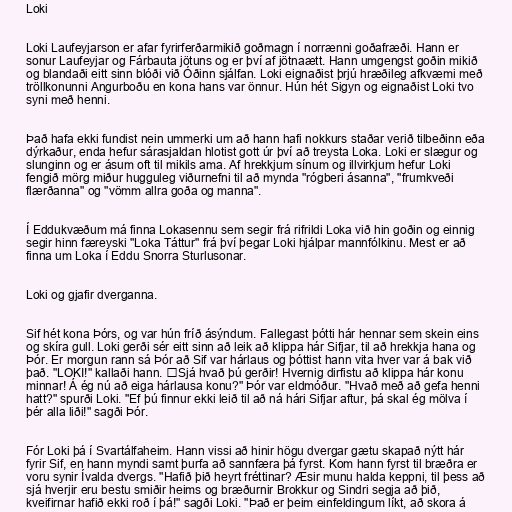
Loki

Loki Laufeyjarson er afar fyrirferðarmikið goðmagn í norrænni goðafræði. Hann er
sonur Laufeyjar og Fárbauta jötuns og er því af jötnaætt. Hann umgengst goðin mikið
og blandaði eitt sinn blóði við Óðinn sjálfan. Loki eignaðist þrjú hræðileg afkvæmi með
tröllkonunni Angurboðu en kona hans var önnur. Hún hét Sigyn og eignaðist Loki tvo
syni með henni.

Það hafa ekki fundist nein ummerki um að hann hafi nokkurs staðar verið tilbeðinn eða
dýrkaður, enda hefur sárasjaldan hlotist gott úr því að treysta Loka. Loki er slægur og
slunginn og er ásum oft til mikils ama. Af hrekkjum sínum og illvirkjum hefur Loki
fengið mörg miður hugguleg viðurnefni til að mynda "rógberi ásanna", "frumkveði
flærðanna" og "vömm allra goða og manna".

Í Eddukvæðum má finna Lokasennu sem segir frá rifrildi Loka við hin goðin og einnig
segir hinn færeyski "Loka Táttur" frá því þegar Loki hjálpar mannfólkinu. Mest er að
finna um Loka í Eddu Snorra Sturlusonar.

Loki og gjafir dverganna.

Sif hét kona Þórs, og var hún fríð ásýndum. Fallegast þótti hár hennar sem skein eins
og skíra gull. Loki gerði sér eitt sinn að leik að klippa hár Sifjar, til að hrekkja hana og
Þór. Er morgun rann sá Þór að Sif var hárlaus og þóttist hann vita hver var á bak við
það. "LOKI!" kallaði hann. Sjá hvað þú gerðir! Hvernig dirfistu að klippa hár konu
minnar! Á ég nú að eiga hárlausa konu?" Þór var eldmóður. "Hvað með að gefa henni
hatt?" spurði Loki. "Ef þú finnur ekki leið til að ná hári Sifjar aftur, þá skal ég mölva í
þér alla liði!" sagði Þór.

Fór Loki þá í Svartálfaheim. Hann vissi að hinir högu dvergar gætu skapað nýtt hár
fyrir Sif, en hann myndi samt þurfa að sannfæra þá fyrst. Kom hann fyrst til bræðra er
voru synir Ívalda dvergs. "Hafið þið heyrt fréttinar? Æsir munu halda keppni, til þess að
sjá hverjir eru bestu smiðir heims og bræðurnir Brokkur og Sindri segja að þið,
kveifirnar hafið ekki roð í þá!" sagði Loki. "Það er þeim einfeldingum líkt, að skora á